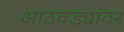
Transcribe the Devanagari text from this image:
आठवड्यांवर